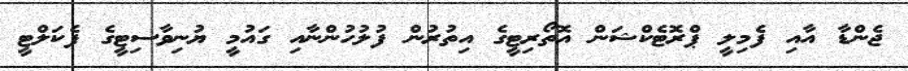
ޖެންޑާ އާއި ފެމިލީ ޕްރޮޓެކްޝަން އޮތޯރިޓީގެ އިތުރުން ފުލުހުންނާއި ގައުމީ ޔުނިވާސިޓީގެ ފެކަލްޓީ